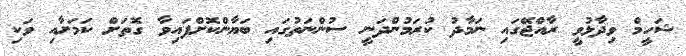
ޝަހީމް ވިދާޅުވީ ރާއްޖޭގައި ނަމާދު ކުރަމުންދަނީ ސުންނަތުގައި ބަޔާންކޮށްފައިވާ ގޮތަށް ކަމަށާއި ވަކި